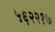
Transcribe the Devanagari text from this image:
५६२२१७